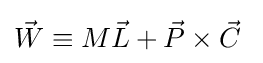
{\vec {W}}\equiv M{\vec {L}}+{\vec {P}}\times {\vec {C}}~